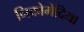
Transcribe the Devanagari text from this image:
निकोमेदिया